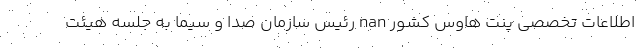
اطلاعات تخصصی پنت هاوس کشور nan رئیس سازمان صدا و سیما به جلسه هیئت